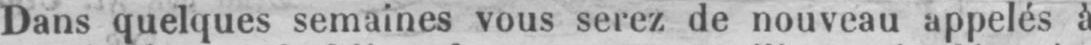
Dans quelques semaines vous serez de nouveau appelés à